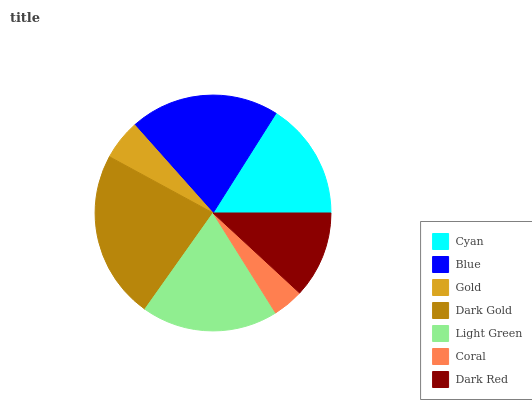
| Cyan | Blue | Gold | Dark Gold | Light Green | Coral | Dark Red |
 | --- | --- | --- | --- | --- | --- | --- |
 | 16.1% | 20.5% | 5.5% | 23.1% | 18.8% | 4.22% | 11.9% |